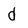
Character: d